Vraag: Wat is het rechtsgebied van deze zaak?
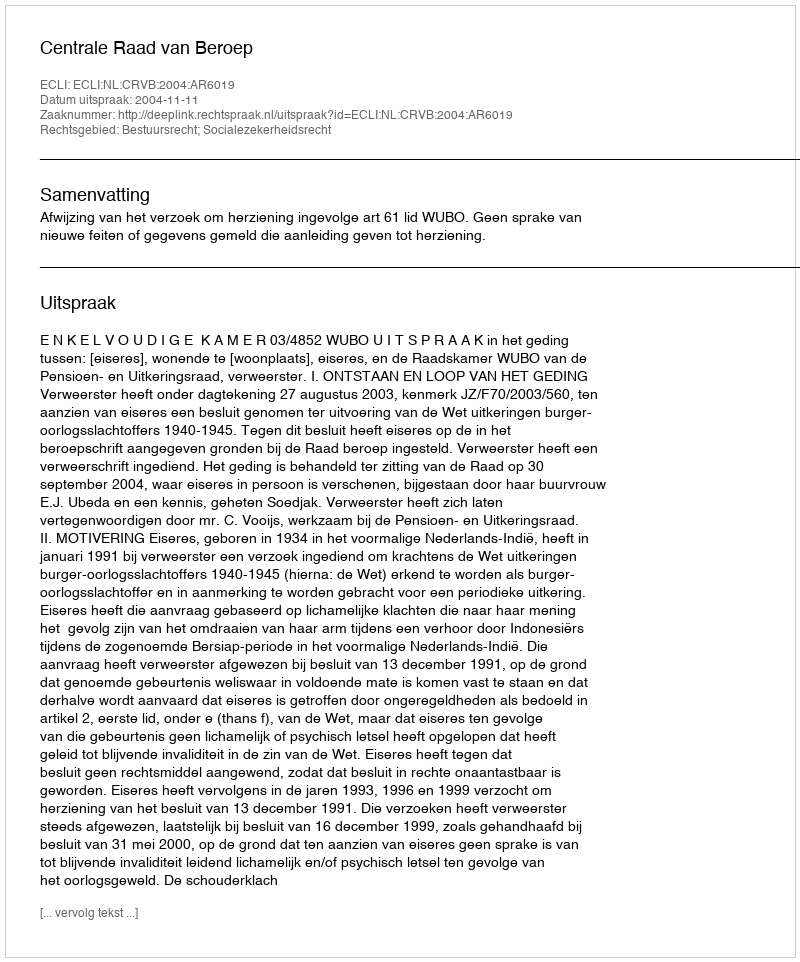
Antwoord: Bestuursrecht; Socialezekerheidsrecht